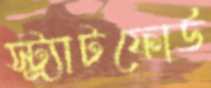
স্ট্র্যাটফোর্ড